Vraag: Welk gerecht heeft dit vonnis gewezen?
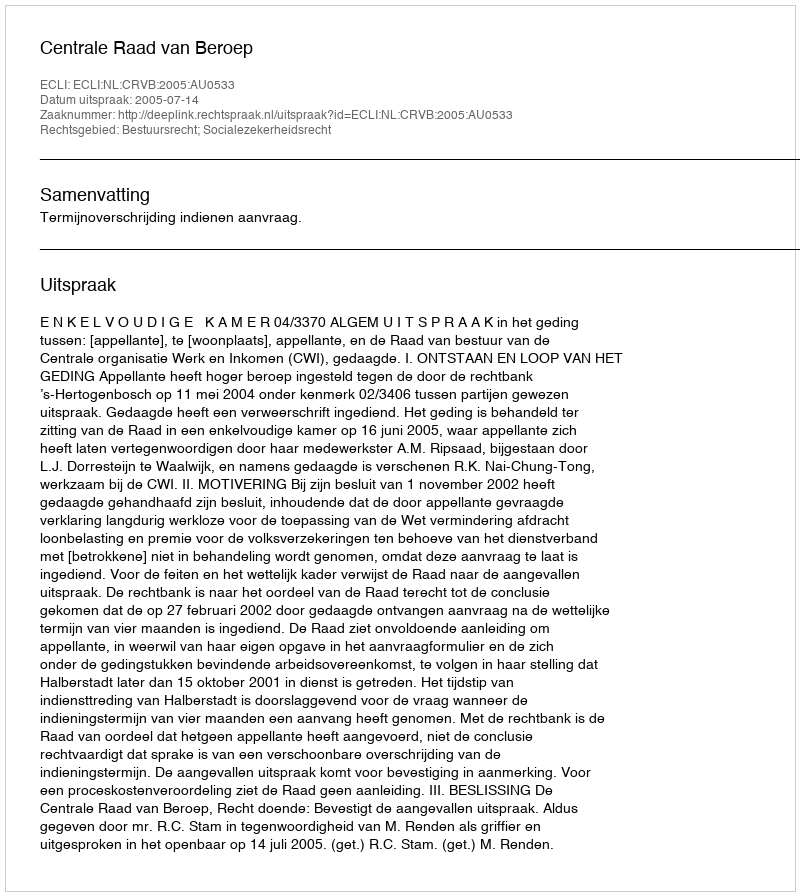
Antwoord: Centrale Raad van Beroep